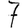
Digit: 7